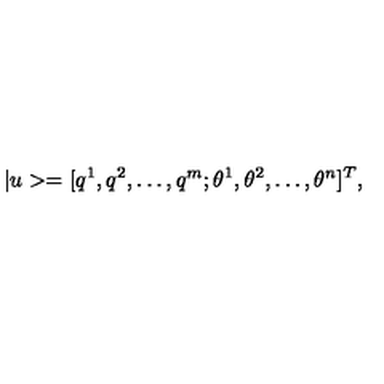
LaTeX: | u > = [ q ^ { 1 } , q ^ { 2 } , \dots , q ^ { m } ; \theta ^ { 1 } , \theta ^ { 2 } , \dots , \theta ^ { n } ] ^ { T } ,